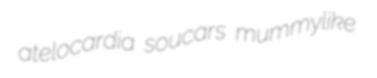
atelocardia soucars mummylike